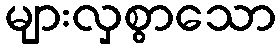
များလှစွာသော